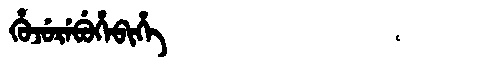
Manchu: ᡥᡠᠵᡠᡵᡝᠪᡠᡥᡝᠪᡳᡥᡝ
Romanization: HUJUREBUHEBIHE